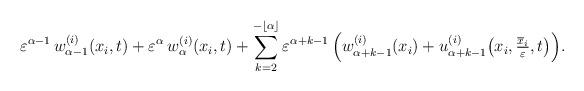
LaTeX: \begin{align*}\varepsilon^{\alpha -1} \, w_{\alpha -1}^{(i)} (x_i,t) + \varepsilon^{\alpha} \, w_{\alpha}^{(i)} (x_i,t) + \sum\limits_{k=2}^{-\lfloor\alpha\rfloor} \varepsilon^{\alpha +k -1} \, \Big(w_{\alpha +k -1}^{(i)} (x_i) + u_{\alpha +k -1}^{(i)} \big( x_i, \tfrac{\overline{x}_i}{\varepsilon}, t\big)\Big).\end{align*}